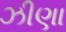
ઝીણા